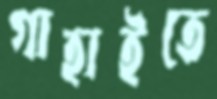
গাহাইতে